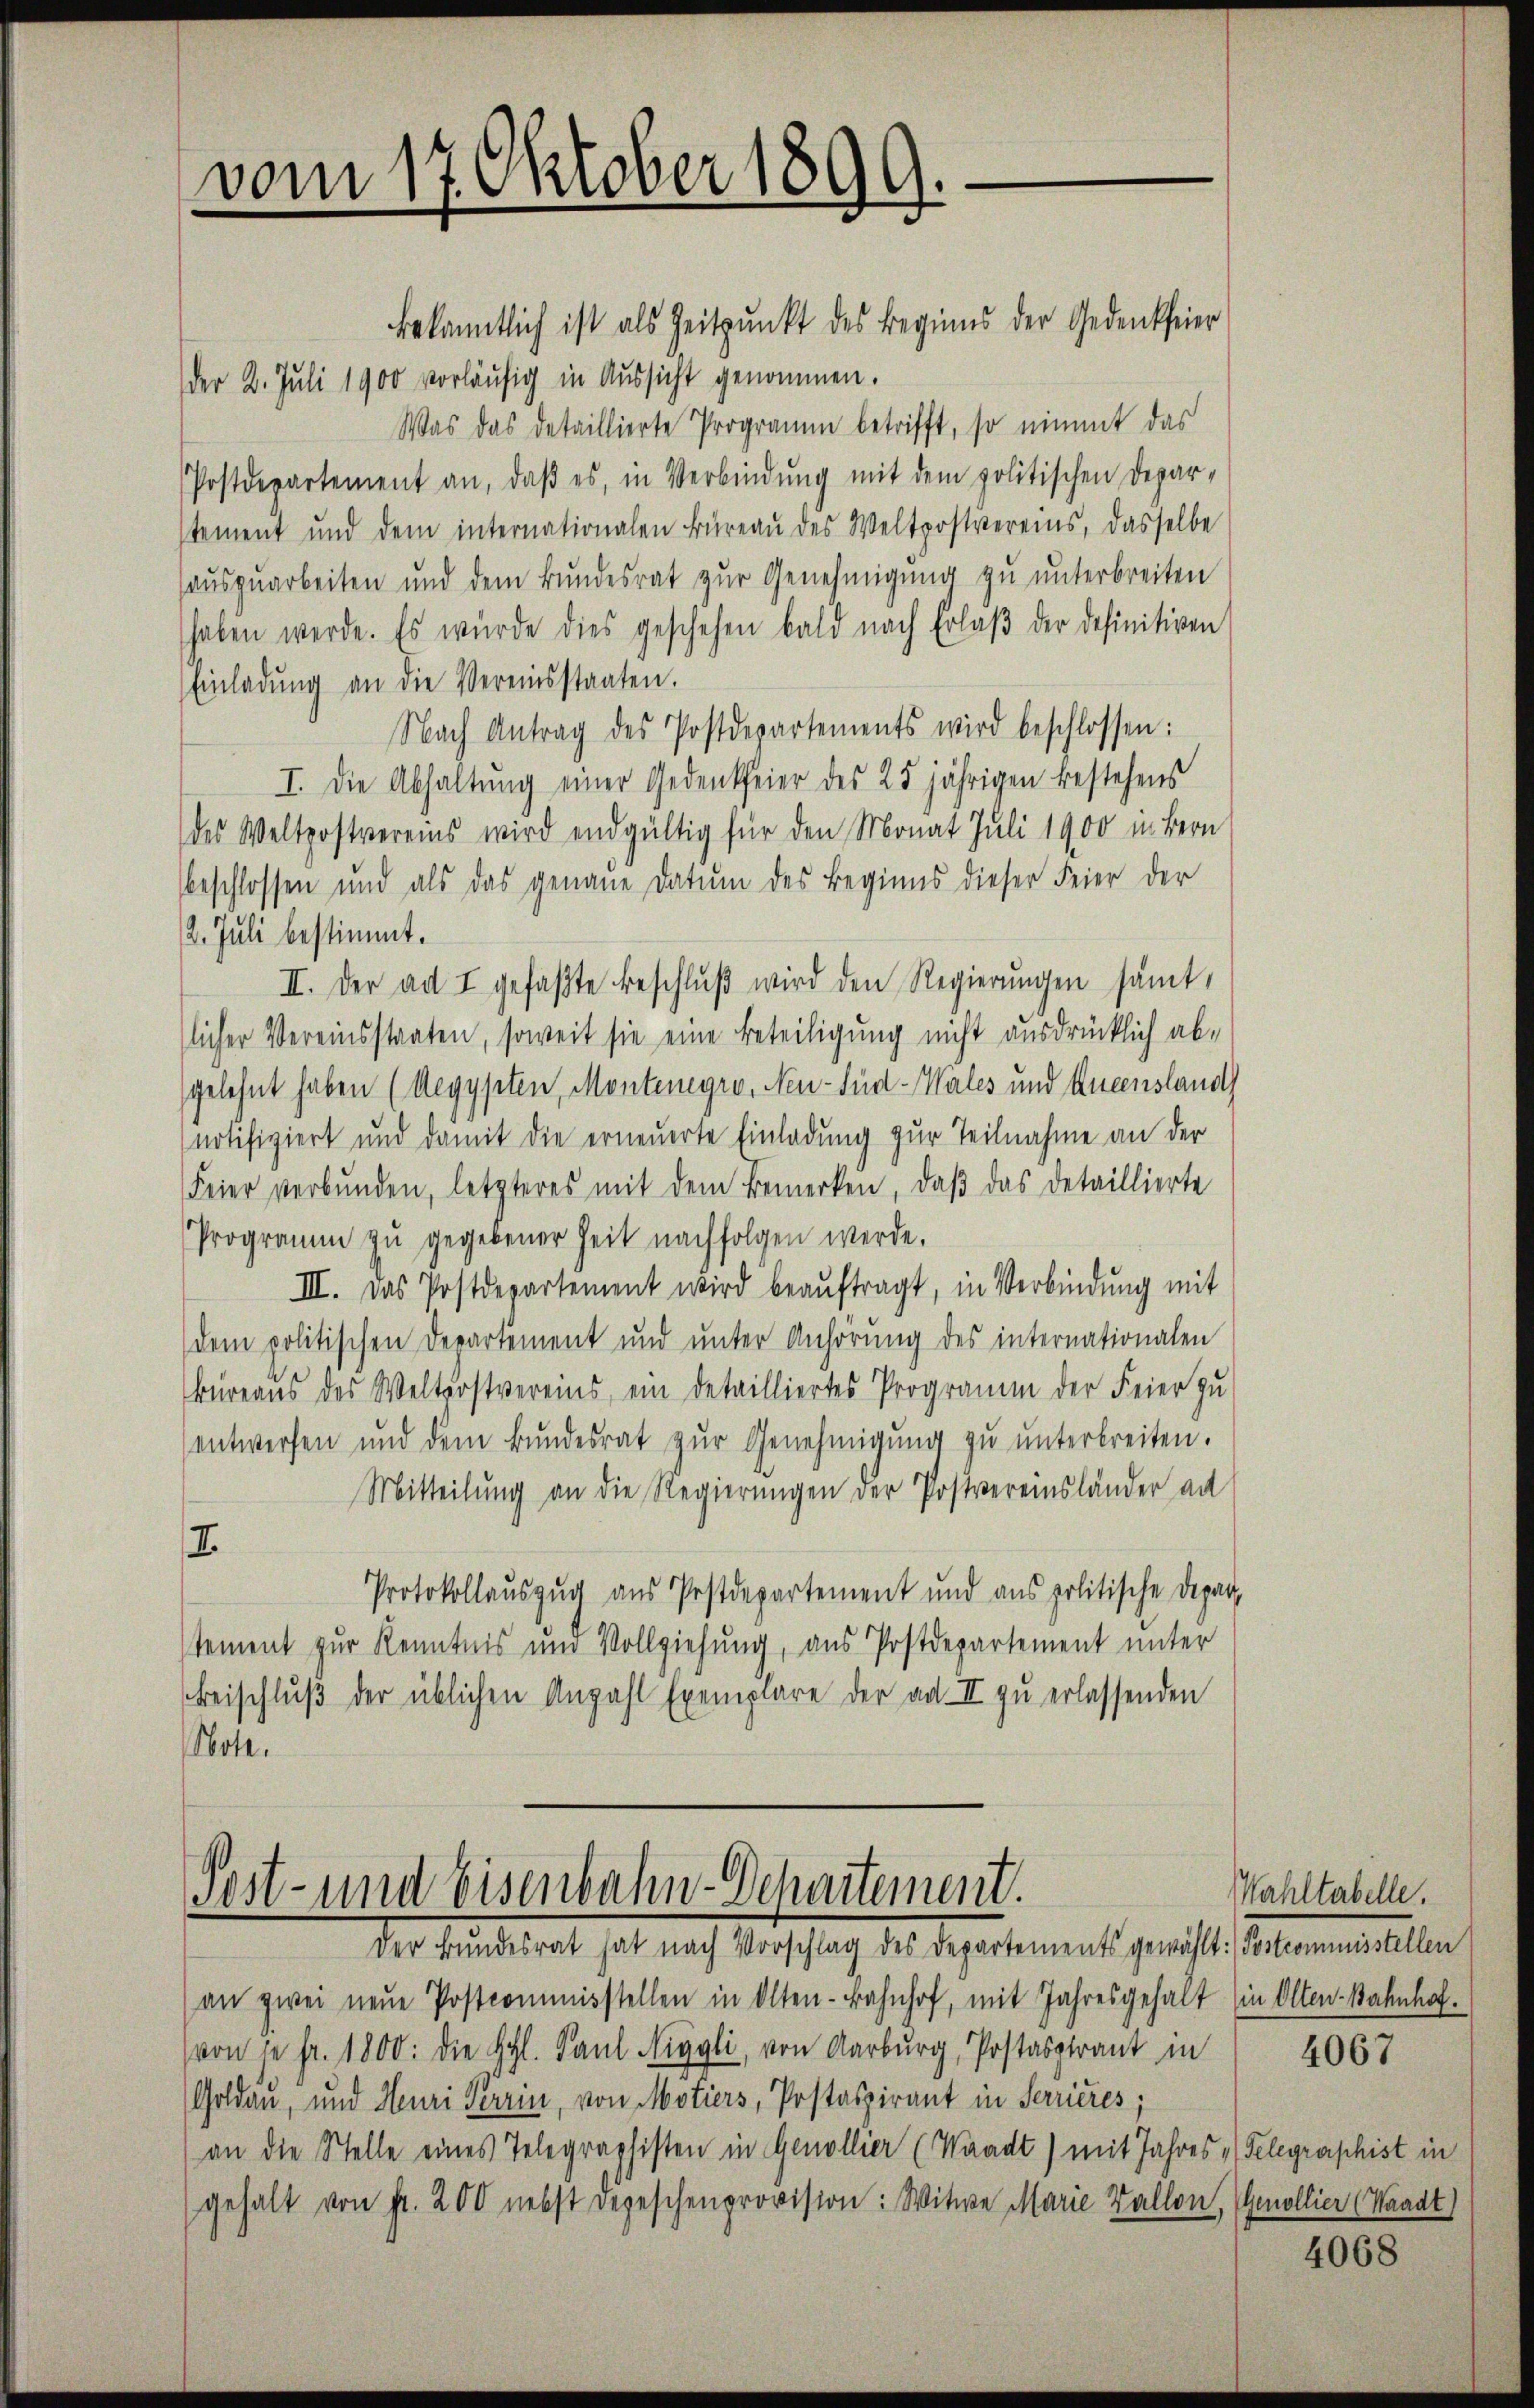
vom 17. Oktober 1899.

bekanntlich ist als Zeitpunkt des Beginns der Gedenkfeier
der 2. Juli 1900 vorläŭfig in Aussicht genommen.
Was das detaillierte Programm betrifft, so nimmt das
Postdepartement an, daβ es, in Verbindŭng mit dem politischen Depar-
stement und dem internationalen Büreaŭ des Weltpostvereins, dasselbe
auszuarbeiten und dem Bundesrat zur Genehmigung zu unterbreiten
haben werde. Es würde dies geschehen bald nach Erlaβ der definitiven
Einladŭng an die Vereinsstaaten.
Nach Antrag des Postdepartements wird beschlossen:
I. Die Abhaltŭng einer Gedenksfeier des 25 jährigen bestehens
des Weltpostvereins wird endgültig für den Monat Juli 1900 in Bern
beschlossen und als das genaue Datum des Beginns dieser Feier der
2. Juli bestimmt.
II. Der ad I gefaßte Beschlŭβ wird den Regierungen sämt,
licher Vereinsstaaten, soweit sie eine Beteiligung nicht ausdrücklich abgelehnt haben (Aegypten, Montenegro, Neu-Süd-Wales und Augensland
notifiziert und damit die erneuerte Einladung zur Teilnahme an der
Feier verbunden, letzteres mit dem Bemerken, daß das detaillierte
Programm zŭ gegebener Zeit nachfolgen werde.
III. Das Postdepartement wird beaŭftragt, in Verbindung mit
dem politischen Departement und unter Anhörung des internationalen
Büreaŭs des Weltpostvereins ein detailliertes Programm der Feier zu
entwerfen und dem Bundesrat zŭr Genehmigŭng zŭ ŭnterbreiten.
Mitteilung an die Regierungen der Postvereinsländer an
I.
Protokollauszug aus Postdepartement und aus politische Depar
stement zur Kenntnis und Vollziehung, aus Postdepartement unter
Beischlŭβ der üblichen Anzahl Exemplare der ad II zu erlassenden
Note.

Post- und Eisenbahn-Departement.
Der Bundesrat hat nach Vorschlag des Departements gewählt:/ Postcommisstellen

an zwei neŭe Postcommisstellen in Olten-Bahnhof, mit Jahresgehalt (in Olten-Bahnhof.
von je fr. 1800. die Schl. Paul Aiggli, von Aarburg, Postaspirant in
Goldau, und Henri Terrin, von Motiers, Postaspirant in Serrieres;
an die Stelle eines Telegraphisten in Genollier (Waadt) mit Jahres „Telegraphist in
(gehalt von Fr. 200 nebst depeschenprovision: Witwe Marie Kallon, Genollier (Waadt)

Wahltabelle.

4067

4068